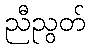
ညီညွတ်